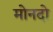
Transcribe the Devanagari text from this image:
मोनदो